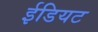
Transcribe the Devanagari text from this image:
ईडियट